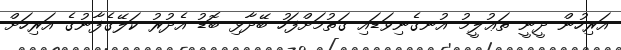
އަރިހުން ދީނީ ތަޢުލީމު އުނގެނިވަޑައި ގަތުމަށްފަހު ބޭދާޅި ބޮޑު އެދުރު ކަލޭގެފާނުގެ އަރިހަށް